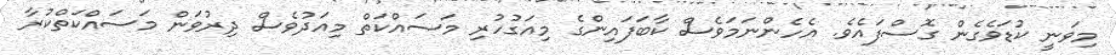
މިވަނީ ކުޑަވެގެން ގޮސްފައެވެ. އެހެންނަމަވެސް ކާބަފައިންގެ މިއަގުހުރި މަސައްކަތް މިއަދުވެސް ދިރުވަން މަސައްކަތްކުރާ